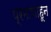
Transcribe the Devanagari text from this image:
प्रमाणाहून